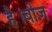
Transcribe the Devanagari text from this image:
है।बीज